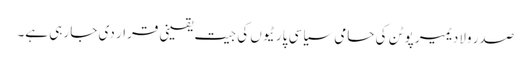
صدر ولادیمیر پوٹن کی حامی سیاسی پارٹیوں کی جیت یقینی قرار دی جا رہی ہے۔